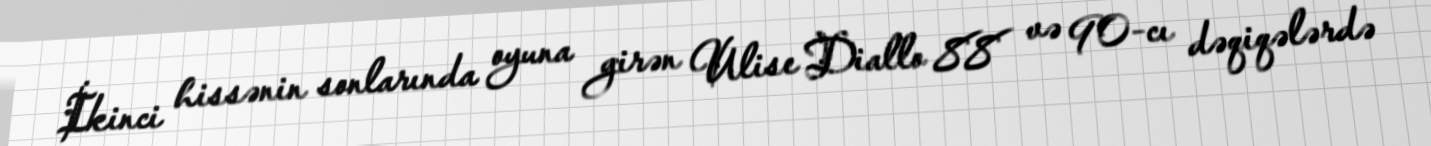
İkinci hissənin sonlarında oyuna girən Ulise Diallo 88 və 90-cı dəqiqələrdə